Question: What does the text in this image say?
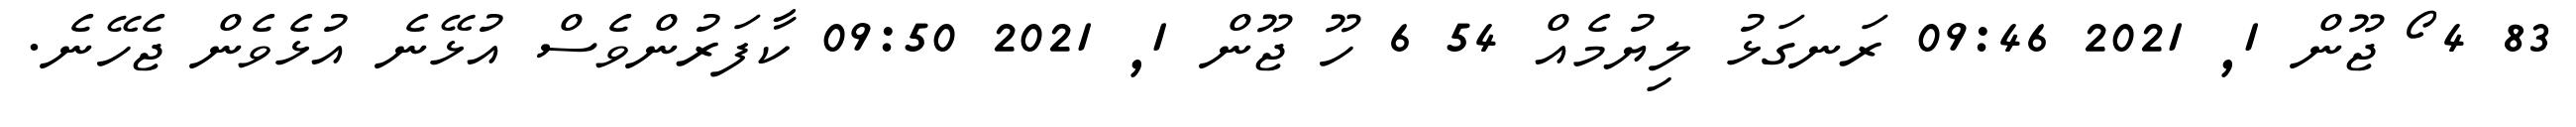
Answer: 83 4 ޯ ޖޫން 1, 2021 09:46 ރަނގަޅު ލިޔުމެއް 54 6 ހޫ ޖޫން 1, 2021 09:50 ކާފަރުންވެސް އުޅޭނެ އުޅެވެން ޖެހޭނެ.